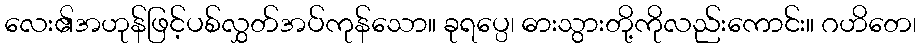
လေး၏အဟုန်ဖြင့်ပစ်လွှတ်အပ်ကုန်သော။ ခုရပ္ပေ၊ ဓားသွားတို့ကိုလည်းကောင်း။ ဂဟိတေ၊